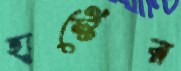
হার্স্টের